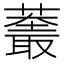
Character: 𱾬